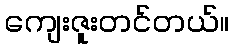
ကျေးဇူးတင်တယ်။